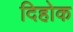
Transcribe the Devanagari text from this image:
दिहोक